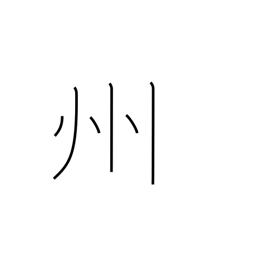
Meaning: province